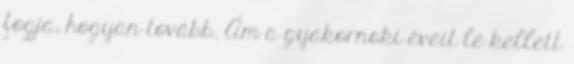
fogja, hogyan tovább. Ám a gyakornoki éveit le kellett